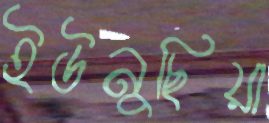
ইউনুছিয়া